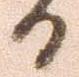
日